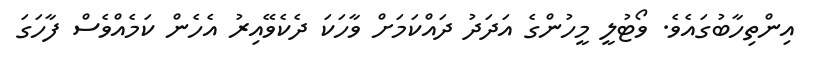
އިންތިހާބުގައެވެ. ވޯޓުލީ މީހުންގެ އަދަދު ދައްކަމަށް ވާހަކަ ދެކެވޭއިރު އެހެން ކަމެއްވެސް ފާހަގަ